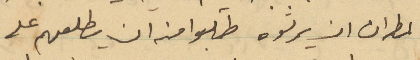
المطران ان يرثوه طلبوا منه ان يطلعهم على